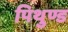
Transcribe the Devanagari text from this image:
पिथुण्ड